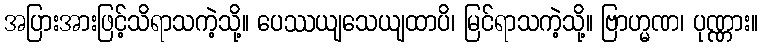
အပြားအားဖြင့်သိရာသကဲ့သို့။ ပေဿယျသေယျထာပိ၊ မြင်ရာသကဲ့သို့။ ဗြာဟ္မဏ၊ ပုဏ္ဏား။